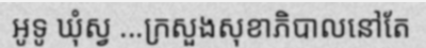
អូទូ ឃុំស្វ ...ក្រសួងសុខាភិបាលនៅតែ